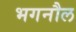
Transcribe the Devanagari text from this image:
भगनौल